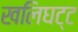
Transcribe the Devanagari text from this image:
खलिघट्ट